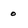
Character: 0